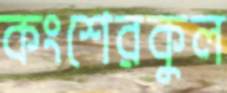
কংশেরকুল